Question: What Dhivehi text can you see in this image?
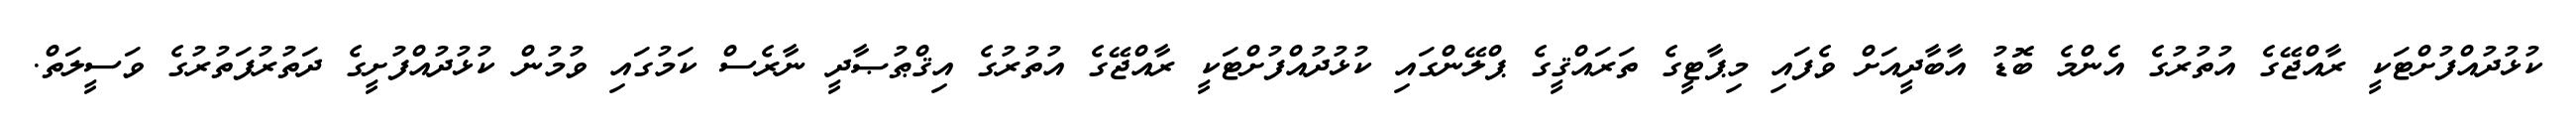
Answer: ކުޅުދުއްފުށްޓަކީ ރާއްޖޭގެ އުތުރުގެ އެންމެ ބޮޑު އާބާދީއަށް ވެފައި މިޕާޓީގެ ތަރައްޤީގެ ޕްލޭންގައި ކުޅުދުއްފުށްޓަކީ ރާއްޖޭގެ އުތުރުގެ އިޤްޠުޞާދީ ނާރެސް ކަމުގައި ވުމުން ކުޅުދުއްފުށީގެ ދަތުރުފަތުރުގެ ވަސީލަތް.